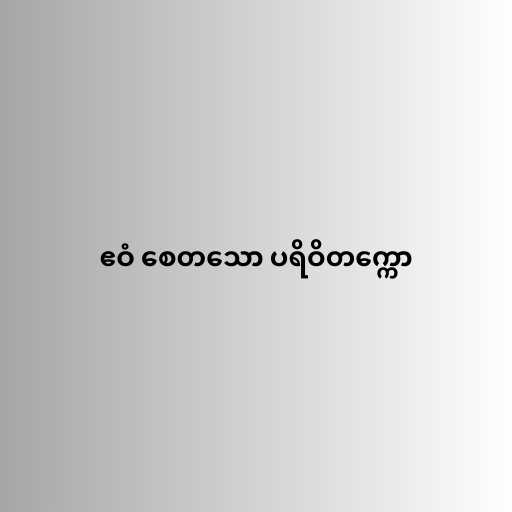
ဧဝံ စေတသော ပရိဝိတက္ကော